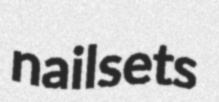
nailsets